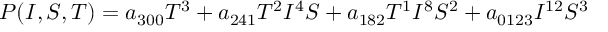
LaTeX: P ( I , S , T ) = a _ { 3 0 0 } T ^ { 3 } + a _ { 2 4 1 } T ^ { 2 } I ^ { 4 } S + a _ { 1 8 2 } T ^ { 1 } I ^ { 8 } S ^ { 2 } + a _ { 0 1 2 3 } I ^ { 1 2 } S ^ { 3 }